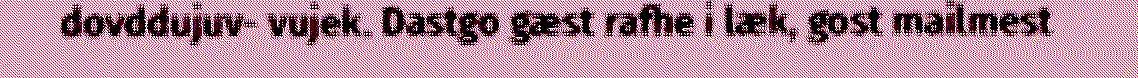
dovddujuv- vujek. Dastgo gæst rafhe i læk, gost mailmest